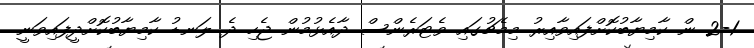
2-1 ން ކާމިޔާބުކޮށްފައިވާއިރު މިމެޗުގައި ވެޓަރެންސް ދާއެޅުމުން ޖެހި ދެ ލަނޑު ކާމިޔާބުކޮށްދީފައިވަނީ